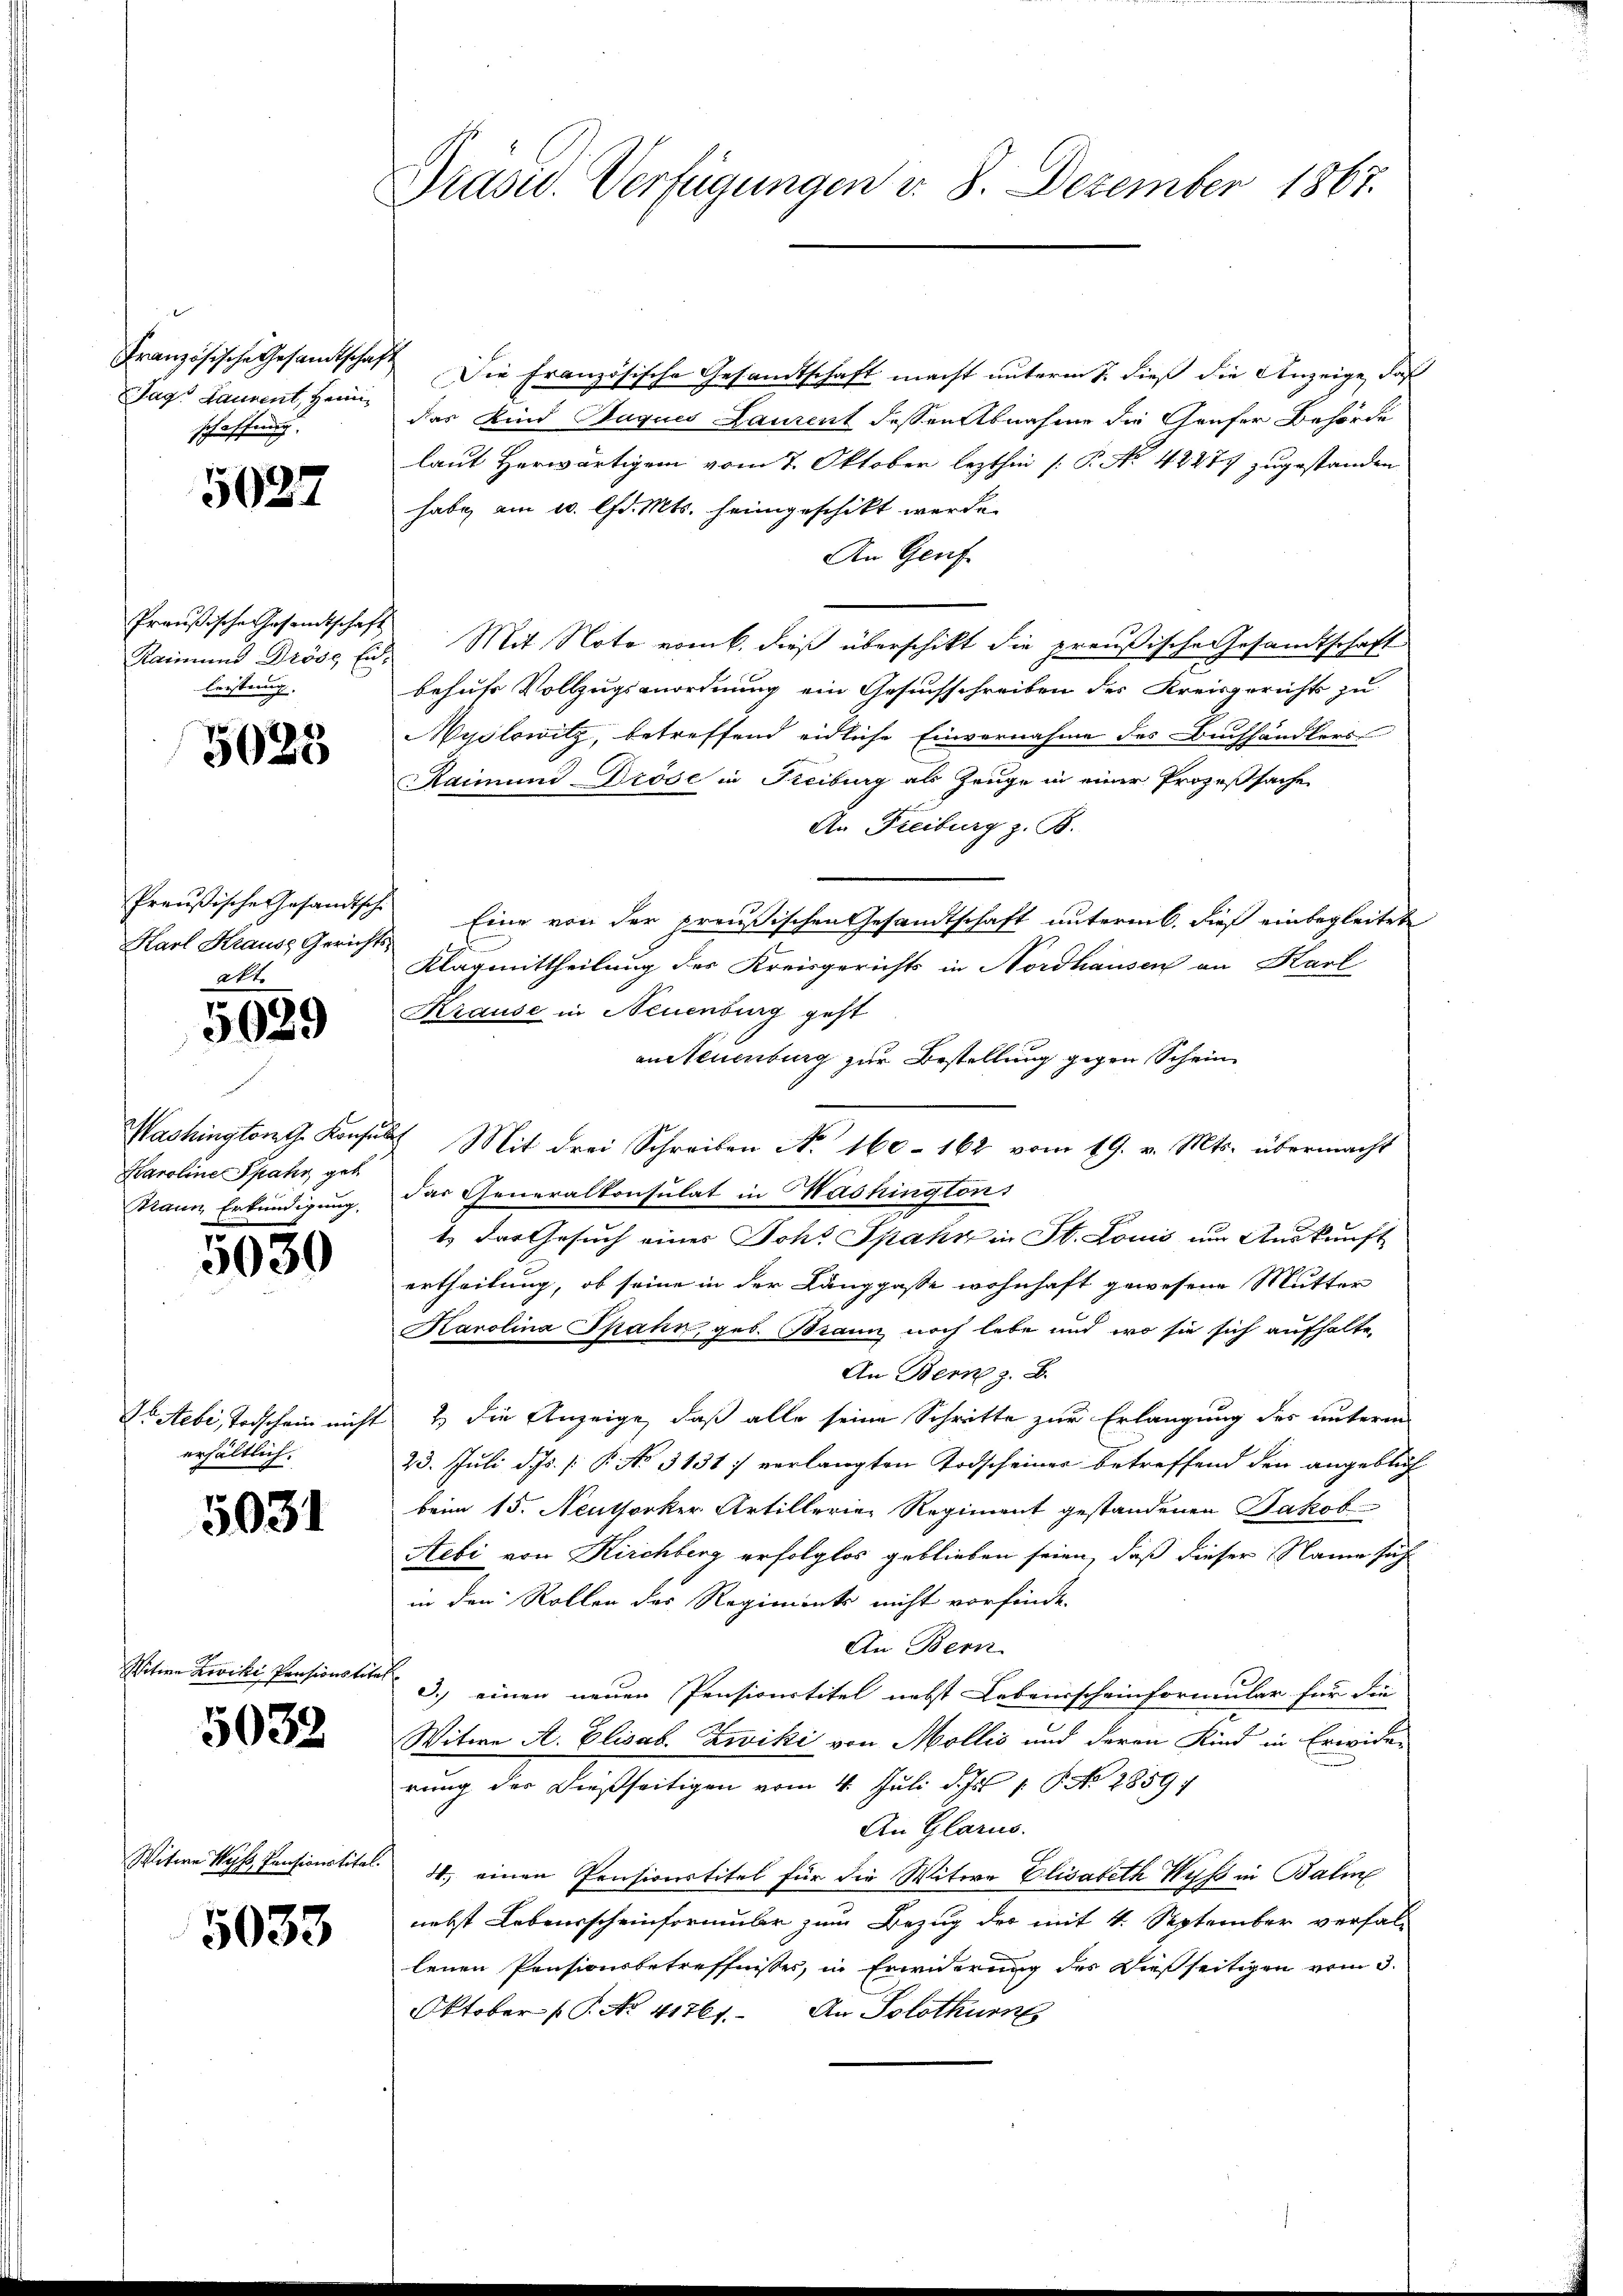
2
Französische Gesandtschaft
schaffung.

5027

Preußische Gesamtschaft
Raimund Dröse Entleistung. |

5028

Preußische Gesandtsche
Karl Krause Gerichts-
att.

5029

Washington G. Konsul
Karoline Spahr, get
Mann, Erkundigung,

5030

Dosebi, Todschein nicht
erhältlich.

5031

Witwe Leviki Pensionstite

5032

Witwe Wyss, Pensionstitel.

5033

Präsid. Verfügungen v. 8. Dezember 1867.

Die Französische Gesandtschaft macht unterm 1. dieß die Anzeige, daß
Tag. Launent, Heim. Das Kind Haques Laurent dessen Abnahme die Grufer Behörde
laut Herwärtigem vom 7. Oktober lezthin (: P. No 42477 zugestanden
habe, am 1. lfd. Mts. heimgeschikt werde.
An Genf
Mit Note vom 6. dieß überschikt die preußische Gesandtschaft
behufs Vollzugsanordnung ein Gesuchschreiben des Kreisgerichts zu
Wyslowitz, betreffend eidliche Einvernahme des Buchhändlers
Raimung Dröse in Freiburg als Zeuge in einer Prozeßsache
An Freiburg z. B.
Eine von der preußischen Gesandtschaft unterm 6. dieß einbegleitete
Klagmittheilung des Kreisgerichts in Nordhausen an Karl
Krause in Neuenburg geht
anNeuenburg zur Bestellung gegen Schein
 Mit drei Schreiben No. 160 - 162 vom 19. v. Mts. übermacht
das Generalkonsulat in Washington
t. Das Gesuch eines Sch. Spahn in St. Louis um Auskunft
ertheilung, ob seine in der Langgasse wohnhaft gewesene Mutter
Karolina Spahn, geb. Braun noch lebe und wo sie sich aufhalte,
An Bern z. B.
2) die Anzeige, daß alle seine Schritte zur Erlangung des unterm
23. Juli d. Js. [§ No 3131. verlangten Todscheiner betreffend den angeblich
beim 15. Neuthorker Artillerie Regiment gestandenen Jakob
Aebi von Kirchberg erfolglos geblieben seien, daß dieser Name sich
in den Rollen des Regiment nicht vorfinde.
An Bern
3.) einen neuen Pensionstitel nebst Lebensscheinformular für die
Witwe A. Elisab. Zwiki von Mollis und deren Kind in Erwider
rung der dießseitigen vom 4. Juli d. Js. 1. P. No 2859/
An Glarus.
4.) einen Pensionstitel für die Witwe Elisabeth Huss in Balm
nebst Lebensscheinformuler zum Bezug des mit 4. September versal-
lenen Pensionsbetreffnisses, in Erwiderung des Dießseitigen vom 3.
Oktober (T. No. 41761. An Solothur